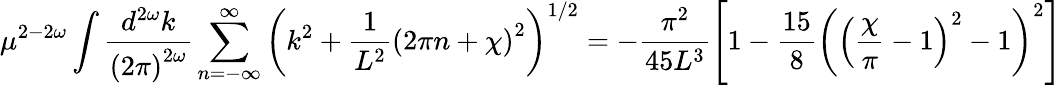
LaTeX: \mu^{2-2\omega}\int\frac{d^{2\omega}k}{\left(2\pi\right)^{2\omega}}\sum_{n=-\infty}^{\infty}\left(k^{2}+\frac{1}{L^{2}}\left(2\pi n+\chi\right)^{2}\right)^{1/2}=-\frac{\pi^{2}}{45L^{3}}\left[1-\frac{15}{8}\left(\left(\frac{\chi}{\pi}-1\right)^{2}-1\right)^{2}\right]